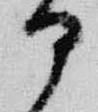
部